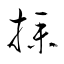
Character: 撲